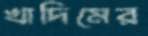
খাদিমের